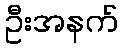
ဦးအနက်